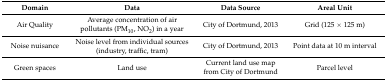
| Domain | Data | Data Source | Areal Unit |
 | --- | --- | --- | --- |
 | Air Quality | Average concentration of air pollutants (PM10, NO2) in a year | City of Dortmund, 2013 | Grid (125 × 125 m) |
 | Noise nuisance | Noise level from individual sources (industry, traffic, tram) | City of Dortmund, 2013 | Point data at 10 m interval |
 | Green spaces | Land use | Current land use map from City of Dortmund | Parcel level |